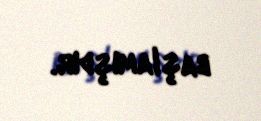
başlamışdır.